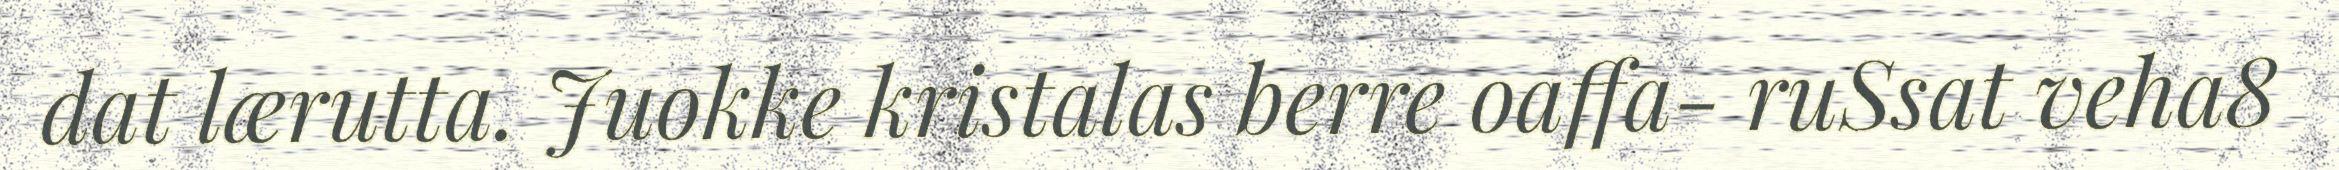
dat lærutta. Juokke kristalas berre oaffa- ruSsat veha8